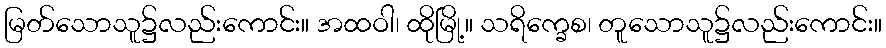
မြတ်သောသူ၌လည်းကောင်း။ အထဝါ၊ ထိုမြို့။ သရိက္ခေစ၊ တူသောသူ၌လည်းကောင်း။